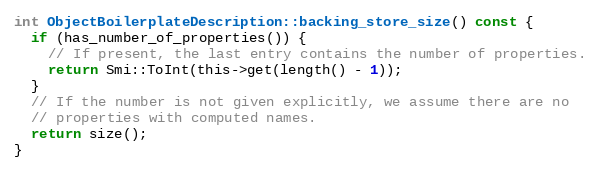
Language: C
int ObjectBoilerplateDescription::backing_store_size() const {
  if (has_number_of_properties()) {
    // If present, the last entry contains the number of properties.
    return Smi::ToInt(this->get(length() - 1));
  }
  // If the number is not given explicitly, we assume there are no
  // properties with computed names.
  return size();
}